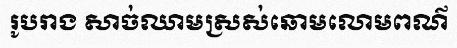
រូបរាង សាច់ឈាមស្រស់ឆោមលោមពណ៌